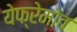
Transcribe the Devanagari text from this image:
येफ्रेमोव